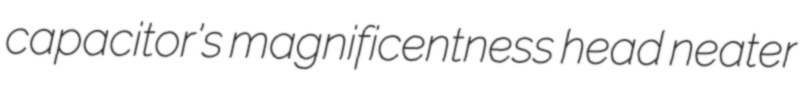
capacitor's magnificentness head neater